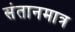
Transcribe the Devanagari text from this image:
संतानमात्र